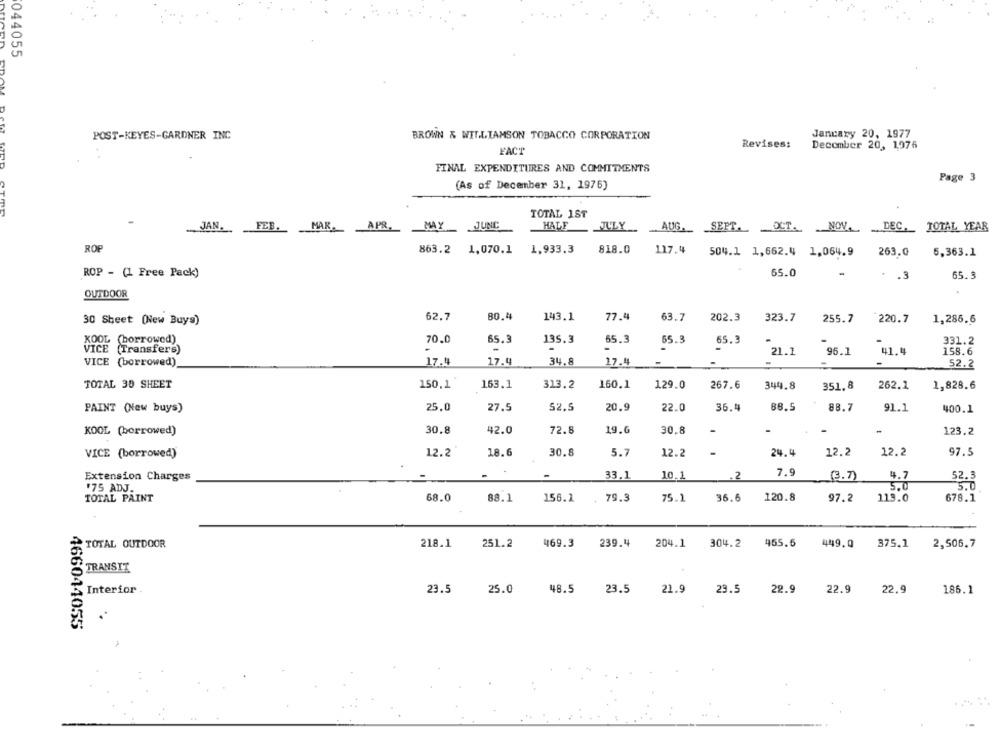
044055
POST-KEYES-GARDNER INC
January 20, 1977
BROWN & WILLIAMSON TOBACCO CORPORATION
FACT
Revises:
December 20, 1976
EDAM Deff WIRD
FINAL EXPENDITURES AND COMMITMENTS
Page 3
(As of December 31, 1976)
TOTAL 1ST
FEB.
MAY
JUNC
HALE
JULY
JAN.
MAR.
APR.
AUG. SEPT.OCT. NOV .-
DEC. TOTAL YEAR
ROP
863.2
1.070.1
1,933.3
818.0
117.4
504.1 1,662.4 1,064.9
263.0
5,363.1
ROP - (1 Free Pack)
65.0
. . 3
65.3
OUTDOOR
80.4
30 Sheet (New Buys)
62.7
143.1
77.4
63.7
202.3
323.7
255.7
220.7
1,285.6
KOOL (borrowed)
70.0
65.3
135.3
65.3
65.3
65.3
331.2
VICE (Transfers)
21.1
96.1
41.4
158.6
17.4
34.8
17.4
VICE (borrowed)
17.4
52.2
TOTAL 30 SHEET
150.1
163.1
313.2
160.1
129.0
267.6
344.8
351. 8
262.1
1,828.6
20.9
88.5
PAINT (New buys)
25,0
27.5
52.5
22.0
36.4
88.7
91.1
400.1
KOOL (borrowed)
30.8
42.0
72.8
19.6
30.8
-
-
123.2
VICE (borrowed)
12.2
18.6
30.8
5.7
12.2
24.4
12.2
12.2
97.5
7.9
Extension Charges
-
33.1
10.1
(3.7)
4.7
52.3
'75 ADJ.
5.0
5.0
TOTAL PAINT
68.0
88.1
156.1
79.3
75.1
96.6
120.8
97.2
113.0
678.1
TOTAL OUTDOOR
218.1
251.2
469.3
239.4
204.1
304.2
455.5
449.0
375.1
2,506.7
TRANSIT
Interior
23.5
25.0
48.5
23.5
21.9
29.5
22.9
22.9
22.9
186.1
466044055